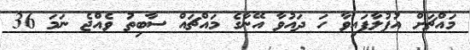
މައްޗަށް އުފުލާފައިވާ ހަ ދައުވާ އޭނާގެ މައްޗައް ސާބިތު ވެއްޖެ ނަމަ 36